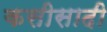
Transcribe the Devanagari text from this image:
कसीसादी